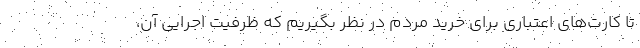
تا کارت‌های اعتباری برای خرید مردم در نظر بگیریم که ظرفیت اجرایی آن،